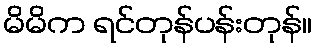
မိမိက ရင်တုန်ပန်းတုန်။